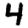
Digit: 4